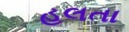
હલતા